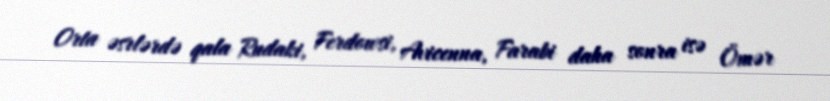
Orta əsrlərdə qala Rudaki, Ferdowsi, Avicenna, Farabi daha sonra isə Ömər